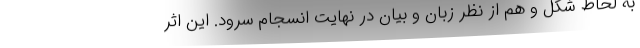
به لحاظ شکل و هم از نظر زبان و بیان در نهایت انسجام سرود. این اثر